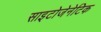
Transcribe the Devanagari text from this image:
साइटोजेनेटिक